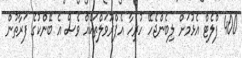
400 ފްލެޓް އެޅުމަށް ލިބެންޖެހޭ ހުރިހާ އެޕްރޫވަލްތަކެއް ވެސް އެ ބޭންކުގެ ފަރާތުން